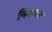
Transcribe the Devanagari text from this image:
निवारन